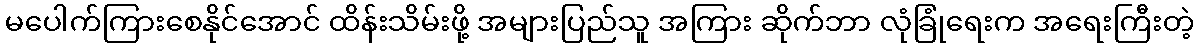
မပေါက်ကြားစေနိုင်အောင် ထိန်းသိမ်းဖို့ အများပြည်သူ အကြား ဆိုက်ဘာ လုံခြုံရေးက အရေးကြီးတဲ့